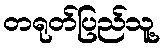
တရုတ်ပြည်သူ့